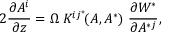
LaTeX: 2 { \frac { \partial A ^ { i } } { \partial z } } = \Omega \; K ^ { i j ^ { * } } \! ( A , A ^ { * } ) \; \frac { \partial { \cal W } ^ { * } } { \partial A ^ { * j } } ,